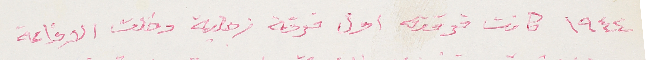
١٩٤٤ كانت فرقته اول فرقة زجلية دخلت الاذاعة